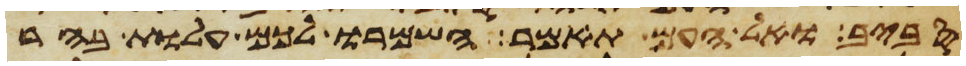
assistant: סביב ואל העם תאמר השמרו לכם עלות בהר